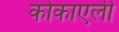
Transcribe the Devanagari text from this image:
कोकाएली